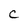
Character: C